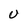
Character: U